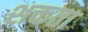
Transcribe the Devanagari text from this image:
शक्तता